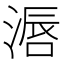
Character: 滣